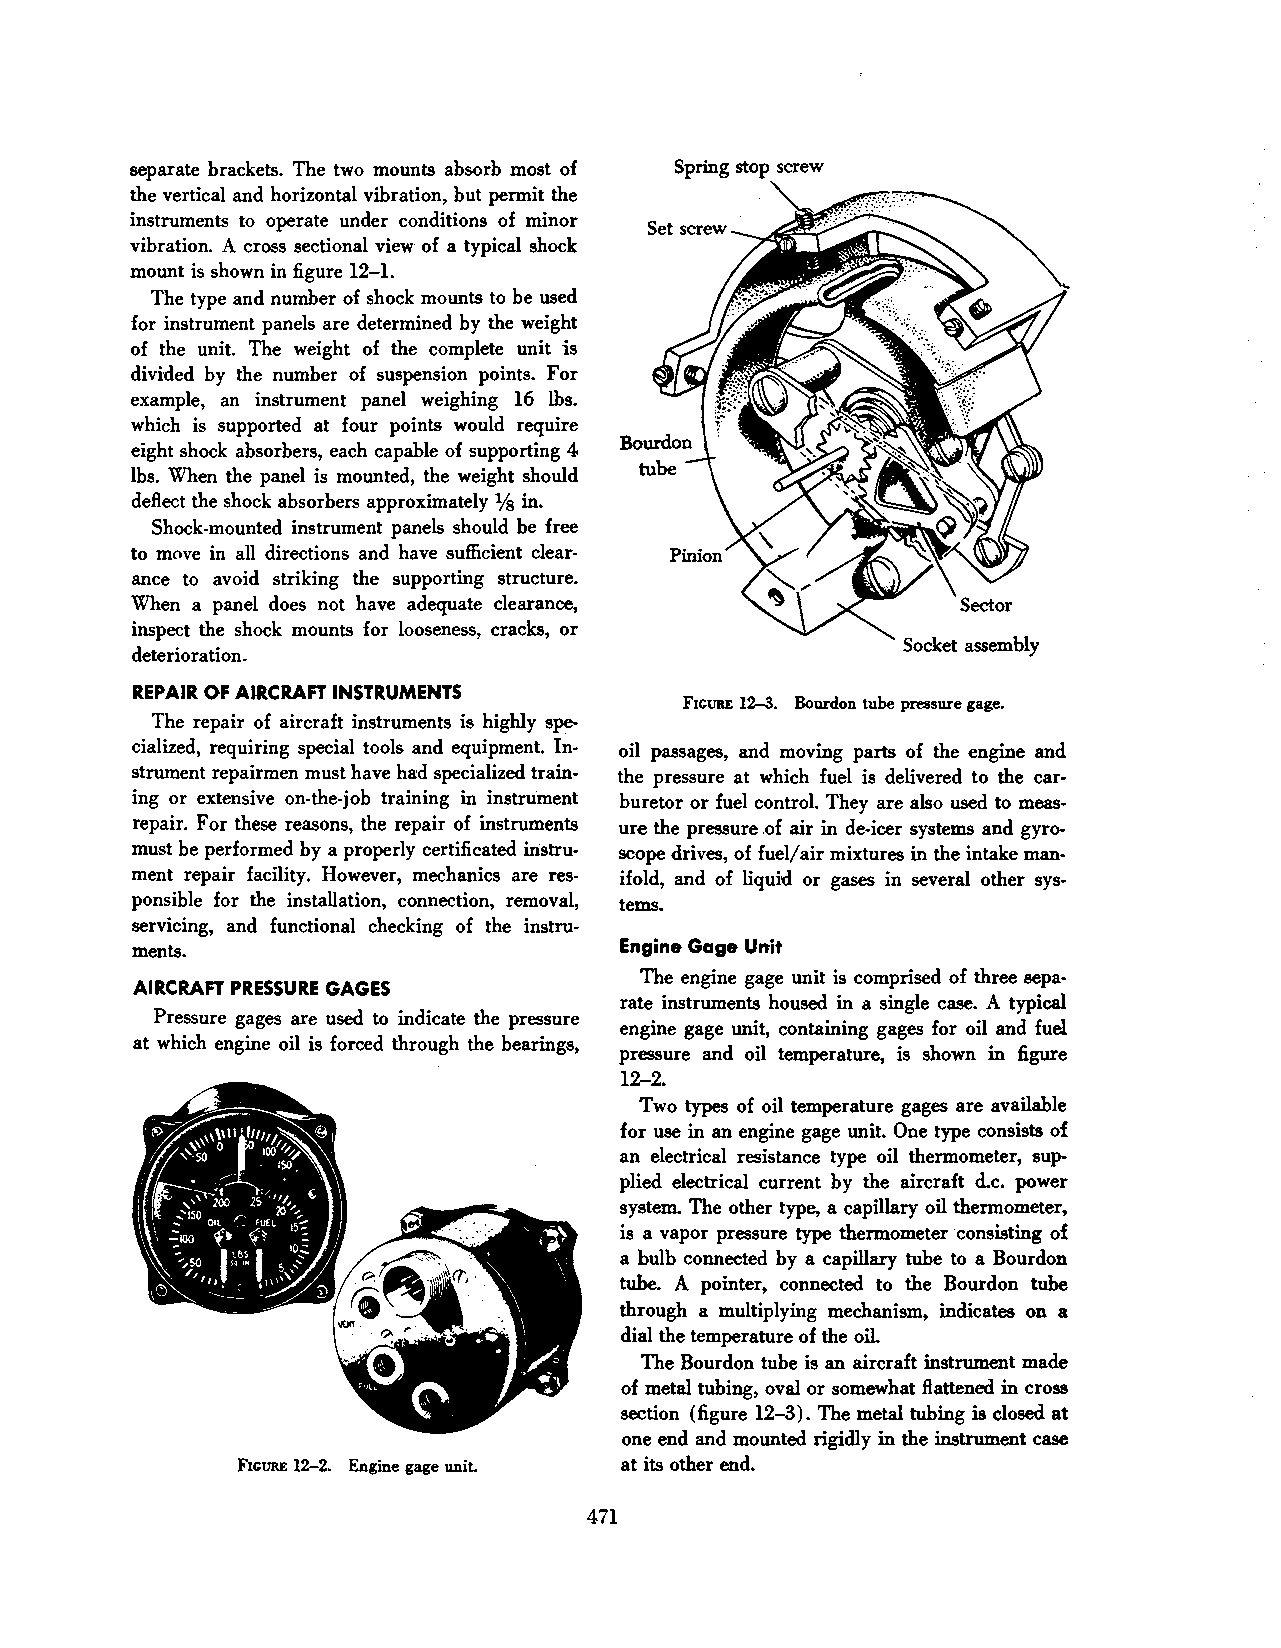
separate brackets. The two mounts absorb most of Spring stop screw
 the vertical and horizontal vibration, but permit the
 instruments to operate under conditions of minor
 vibration. A cross sectional view· of a typical shock
 mount is shown in figure 12-1.
 The type and number of shock mounts to be used
 for instrument panels are determined by the weight
 of the unit. The weight of the complete unit is
 divided by the number of suspension points. For
 example, an instrument panel weighing 16 lbs.
 which is supported at four points would require
 eight shock absorbers, each capable of supporting 4
 lbs. When the panel is mounted, the weight should
 deflect the shock absorbers approximately lh in~
 Shock-mounted instrument panels should be free
 to move in all directions and have sufficient clear
 ance to avoid striking the supporting structure.
 When a panel does not have adequate clearance,
 inspect the shock mounts for looseness, cracks, or
 Socket assembly
 deterioration.
 REPAIR OF AIRCRAFT INSTRUMENTS
 F'IcURE 12-3. Bourdon tube pressure gage.
 The repair of aircraft instruments is highly spe
 cialized, requiring special tools and equipment. In oil passages, and moving parts of the engine and
 strument repairmen must have had specialized train the pressure at which fuel is delivered to the car
 ing or extensive on-the-job training in instrUment buretor or fuel controL They are also used to meas
 repair. For these reasons, the repair of instruments ure the pressure .of air in de-icer systems and gyro
 must be performed by a properly certificated instru scope drives, of fuel/a ir mixtures in the intake man
 ment repair facility. However, mechanics are res ifold, and of liquid or gases in several other sys
 ponsible for the installation, connection, removal, tems.
 servicing, and functional checking of the instru
 ments.                          Engine Gage Unit
 The engine gage unit is comprised of three sepa
 AIRCRAFT PRESSURE GAGES
 rate instruments housed in a single case. A typical
 Pressure gages are used to indicate the pressure
 engine gage unit, containing gages for oil and fuel
 at which engine oil is forced through the bearings,
 pressure and oil temperature, is shown in figure
 12-2.
 Two types of oil temperature gages are available
 for use in an engine gage unit. One type consists of
 an electrical resistance type oil thermometer, sup
 plied electrical current by the aircraft d.c. power
 system. The other type, a capillary oil thermometer,
 is a vapor pressure type thermometer consisting of
 a bulb connected by a capillary tube to a Bourdon
 tube. A pointer, connected to the Bourdon tube
 through a multiplying mechanism, indicates on a
 dial the temperature of the oil.
 The Bourdon tube is an aircraft instrument made
 of metal tubing, oval or somewhat flattened in cross
 section (figure 12-3). The metal tubing is closed at
 one end and mounted rigidly in the instrument case
 FIGURE 12-2. Engine gage uniL at its other end.
 471